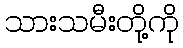
သားသမီးတို့ကို